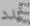
تمدد